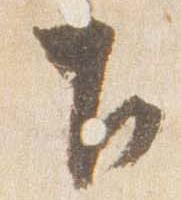
下